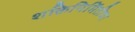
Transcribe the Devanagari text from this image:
शक्तिनिर्मितीचा